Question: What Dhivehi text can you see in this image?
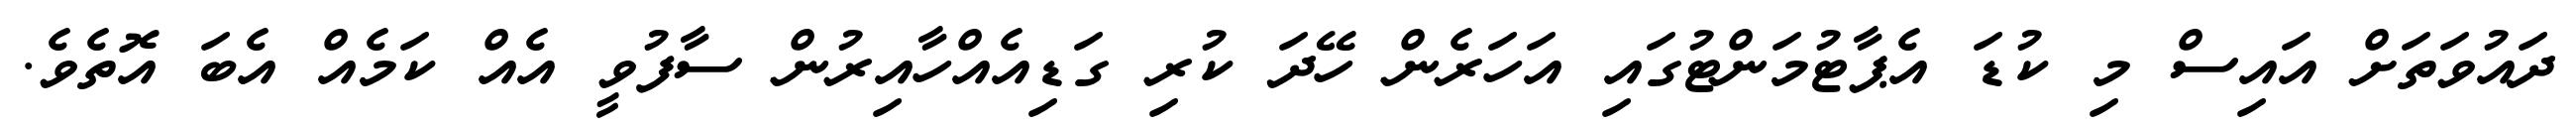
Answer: ދައުވަތަށް އައިސް މި ކުޑަ އެޕާޓުމަންޓުގައި އަހަރެން ހޭދަ ކުރި ގަޑިއެއްހާއިރުން ސާފުވީ އެއް ކަމެއް އެބަ އޮތެވެ.